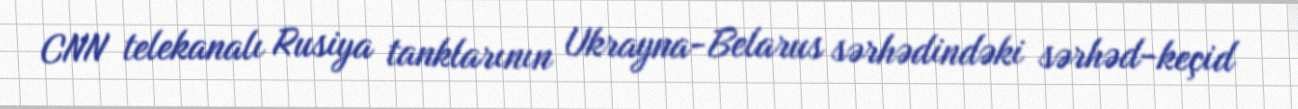
CNN telekanalı Rusiya tanklarının Ukrayna-Belarus sərhədindəki sərhəd-keçid